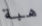
هبة